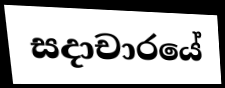
සදාචාරයේ